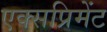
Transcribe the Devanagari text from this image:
एक्सप्रिमेंट